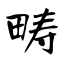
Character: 畴